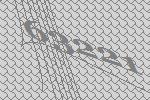
63221